Triennial report on the lunatic asylums in the province of Eastern Bengal and Assam - 1903-1911
Year: 1903
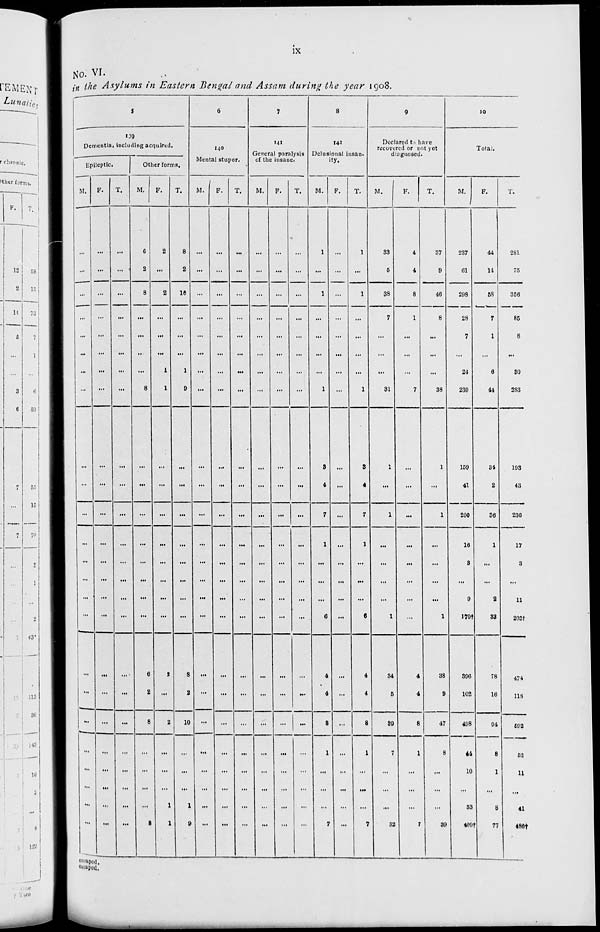
ix
No. VI.
in the Asylums in Eastern Bengal and Assam during the year 1908.
5
139
Dementia, including acquired.
Epileptic.
M.
...
...
...
...
...
...
...
...
...
...
...
...
...
...
...
...
...
...
...
...
...
...
...
F.
...
...
...
...
...
...
...
...
...
...
...
...
...
...
...
...
...
...
...
...
...
...
...
T.
...
...
...
...
...
...
...
...
...
...
...
...
...
...
...
...
...
...
...
...
...
...
...
Other forms.
M.
6
2
8
...
...
...
8
...
...
...
...
...
...
...
...
6
2
8
...
...
...
...
8
F.
2
...
2
...
...
1
1
...
...
...
...
...
...
...
...
2
...
2
...
...
...
1
1
T.
8
2
10
...
...
1
9
...
...
...
...
...
...
...
...
8
2
10
...
...
...
1
9
6
140
Mental stupor.
M.
...
...
...
...
...
...
...
...
...
...
...
...
...
...
...
...
...
...
...
...
...
...
...
F.
...
...
...
...
...
...
...
...
...
...
...
...
...
...
...
...
...
...
...
...
...
...
...
T.
...
...
...
...
...
...
...
...
...
...
...
...
...
...
...
...
...
...
...
...
...
...
...
7
141
General paralysis
of the insane.
M.
...
...
...
...
...
...
...
...
...
...
...
...
...
...
...
...
...
...
...
...
...
...
...
F.
...
...
...
...
...
...
...
...
...
...
...
...
...
...
...
...
...
...
...
...
....
...
...
T.
...
...
...
...
...
...
...
...
...
...
...
...
...
...
...
...
...
...
...
...
...
...
...
8
142
Delusional insan-
ity.
M.
1
...
1
...
...
...
1
3
4
7
1
...
...
...
6
4
4
8
1
...
...
...
7
F.
...
...
...
...
...
...
...
...
...
...
...
...
...
...
...
...
...
...
...
...
...
...
...
T.
1
...
1
...
...
...
1
3
4
7
1
...
...
...
6
4
4
8
1
...
...
...
7
9
Declared to have
recovered or not yet
diagnosed.
M.
33
5
38
7
...
...
31
1
...
1
...
...
...
...
1
34
5
39
7
...
...
...
32
F.
4
4
8
1
...
...
7
...
...
...
...
...
...
...
...
4
4
8
1
...
...
...
7
T.
37
9
46
8
...
...
38
1
...
1
...
...
...
...
1
38
9
47
8
...
...
...
39
10
Total.
M.
237
61
298
28
7
24
239
159
41
200
16
3
...
9
170†
396
102
498
44
10
...
33
409†
F.
44
14
58
7
1
6
44
34
2
36
1
...
...
2
33
78
16
94
8
1
...
8
77
T.
281
75
356
85
8
30
283
103
43
236
17
3
...
11
203†
474
118
592
52
11
...
41
486†
escaped.
escaped.